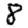
Digit: 8